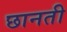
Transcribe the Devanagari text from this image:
छानती